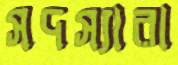
সদস্যারা